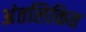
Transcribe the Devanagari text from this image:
अंतलिकित